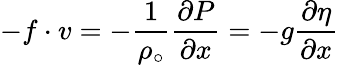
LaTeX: -f\cdot v=-\frac{1}{\rho_{\circ}}\frac{\partial P}{\partial x}=-g\frac{\partial\eta}{\partial x}